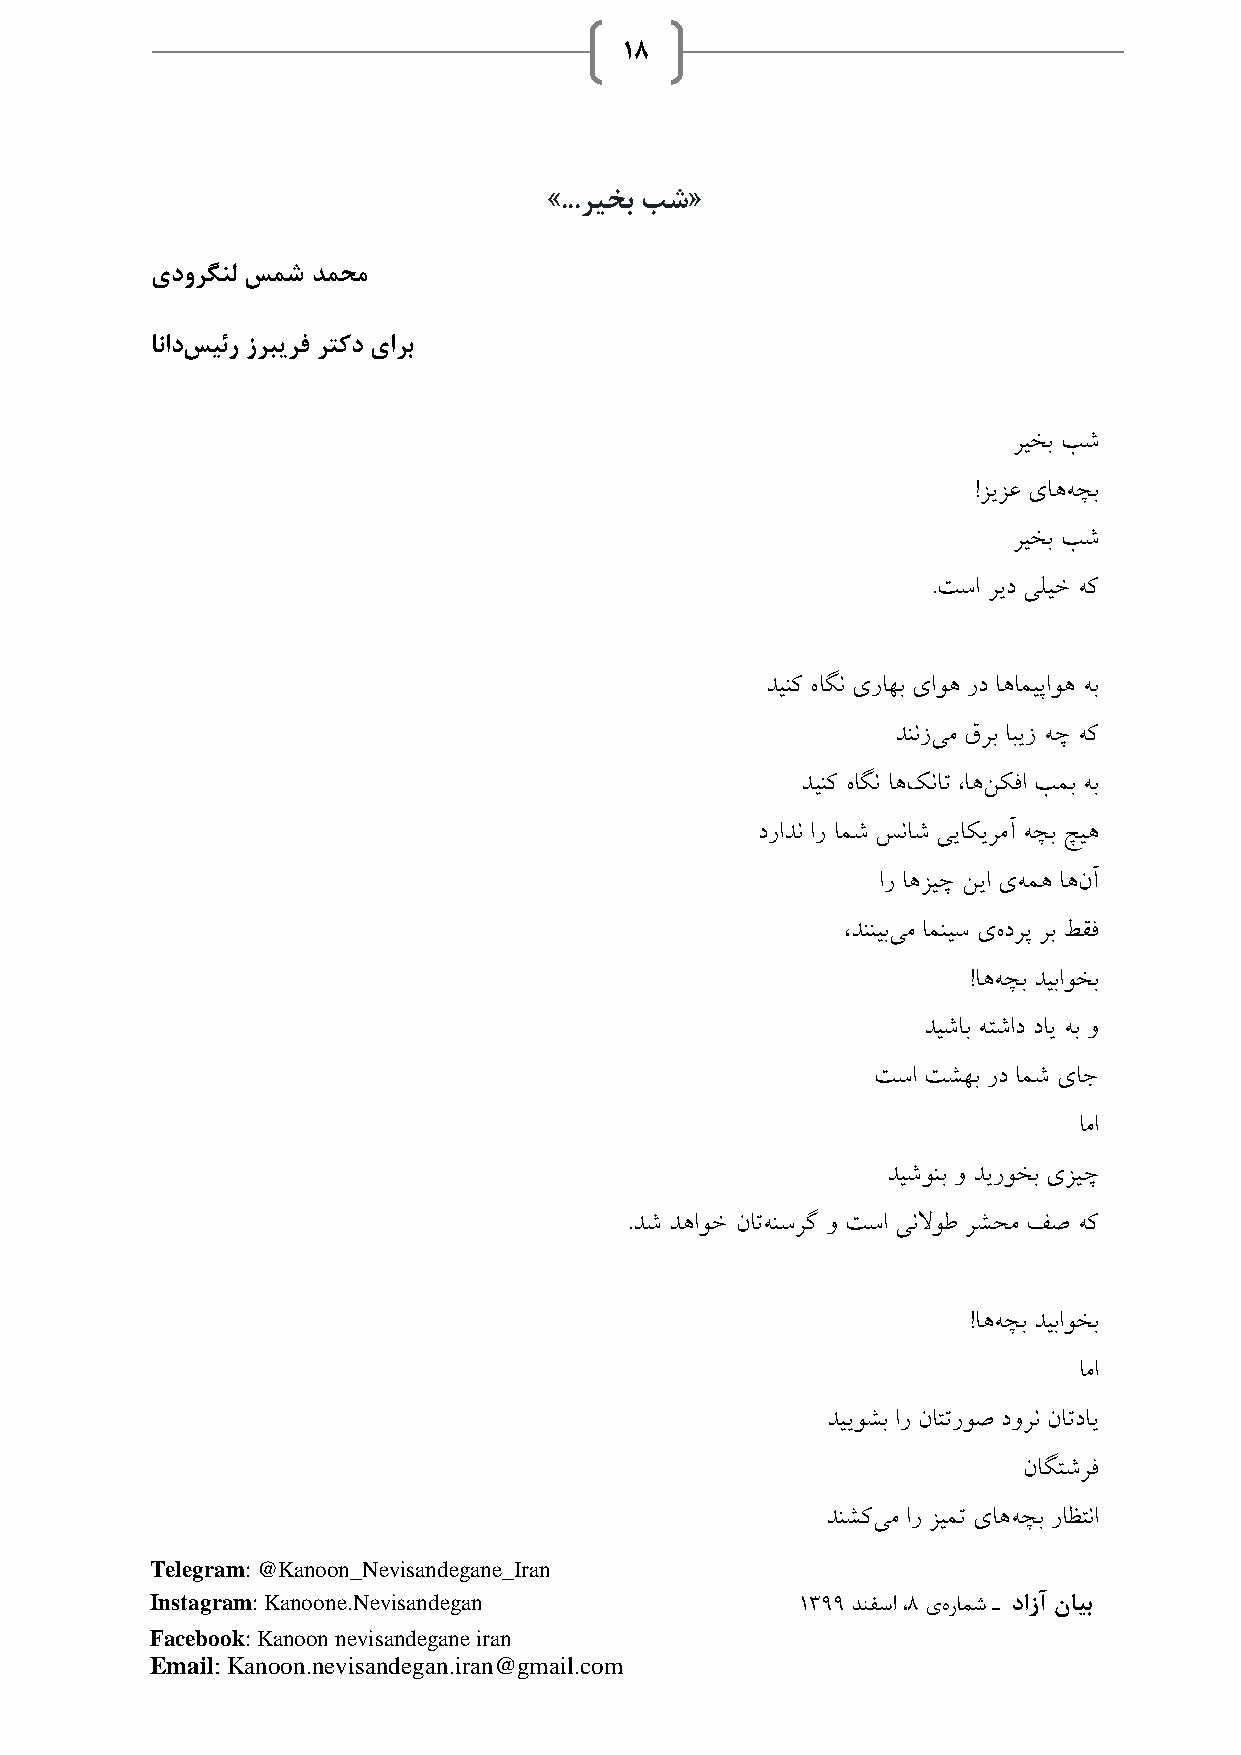
18
 »...ریخب بش«
 یدورگنل سمش دمحم
 انادسیئر زربیرف رتکد یارب
 ریخب بش
 !زیزع یاههچب
 ریخب بش
 .تسا رید یلیخ هک
 دینک هاگن یراهب یاوه رد اهامیپاوه هب
 دننزیم قرب ابیز هچ هک
 دینک هاگن اهکنات ،اهنکفا بمب هب
 درادن ار امش سناش ییاکیرمآ هچب چیه
 ار اهزیچ نیا یهمه اهنآ
 ،دننیبیم امنیس یهدرپ رب طقف
 !اههچب دیباوخب
 دیشاب هتشاد دای هب و
 تسا تشهب رد امش یاج
 اما
 دیشونب و دیروخب یزیچ
 .دش دهاوخ ناتهنسرگ و تسا ینلاوط رشحم فص هک
 !اههچب دیباوخب
 اما
 دییوشب ار ناتتروص دورن ناتدای
 ناگتشرف
 دنشکیم ار زیمت یاههچب راظتنا
 Telegram: @Kanoon_Nevisandegane_Iran
 Instagram: Kanoone.Nevisandegan            1399 دنفسا ،8 یهرامش ـ دازآ نایب
 Facebook: Kanoon nevisandegane iran
 Email: Kanoon.nevisandegan.iran@gmail.com